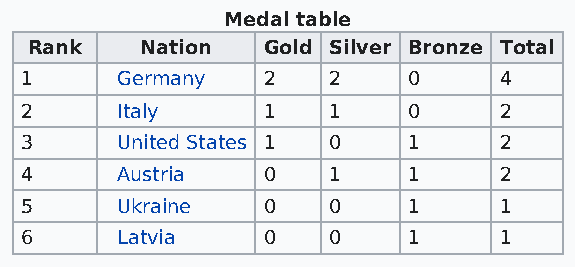
Medal table
 Rank   Nation  Gold Silver Bronze Total
 1      Germany  2    2    0     4
 2      Italy    1    1    0     2
 3      United States 1 0  1     2
 4      Austria  0    1    1     2
 5      Ukraine  0    0    1     1
 6      Latvia   0    0    1     1